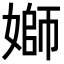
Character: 𡟪